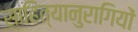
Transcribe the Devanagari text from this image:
साहित्यानुरागियों